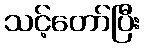
သင့်တော်ပြီး